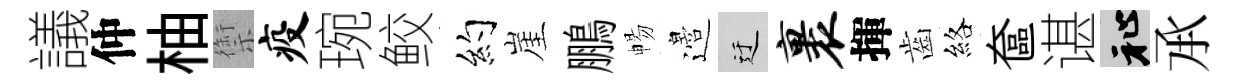
議仲柚禦疫琬鲛约崖鵬暢邉迂裹揮齒絡奩谌祉𠄘